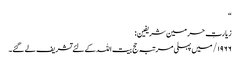
“
زیارتِ حرمین شریفین:
۱۹۶۶/ میں پہلی مرتبہ حج بیت اللہ کے لئے تشریف لے گئے۔